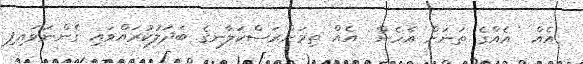
އެއް  އެއްގެ ތަނަށް އެހެން  އެއް ތިމަންރަސްކަލާނގެ ބަދަލުކުރައްވައި ގެންނަވައިފި